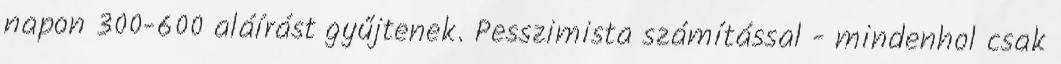
napon 300-600 aláírást gyűjtenek. Pesszimista számítással - mindenhol csak